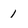
Character: 1